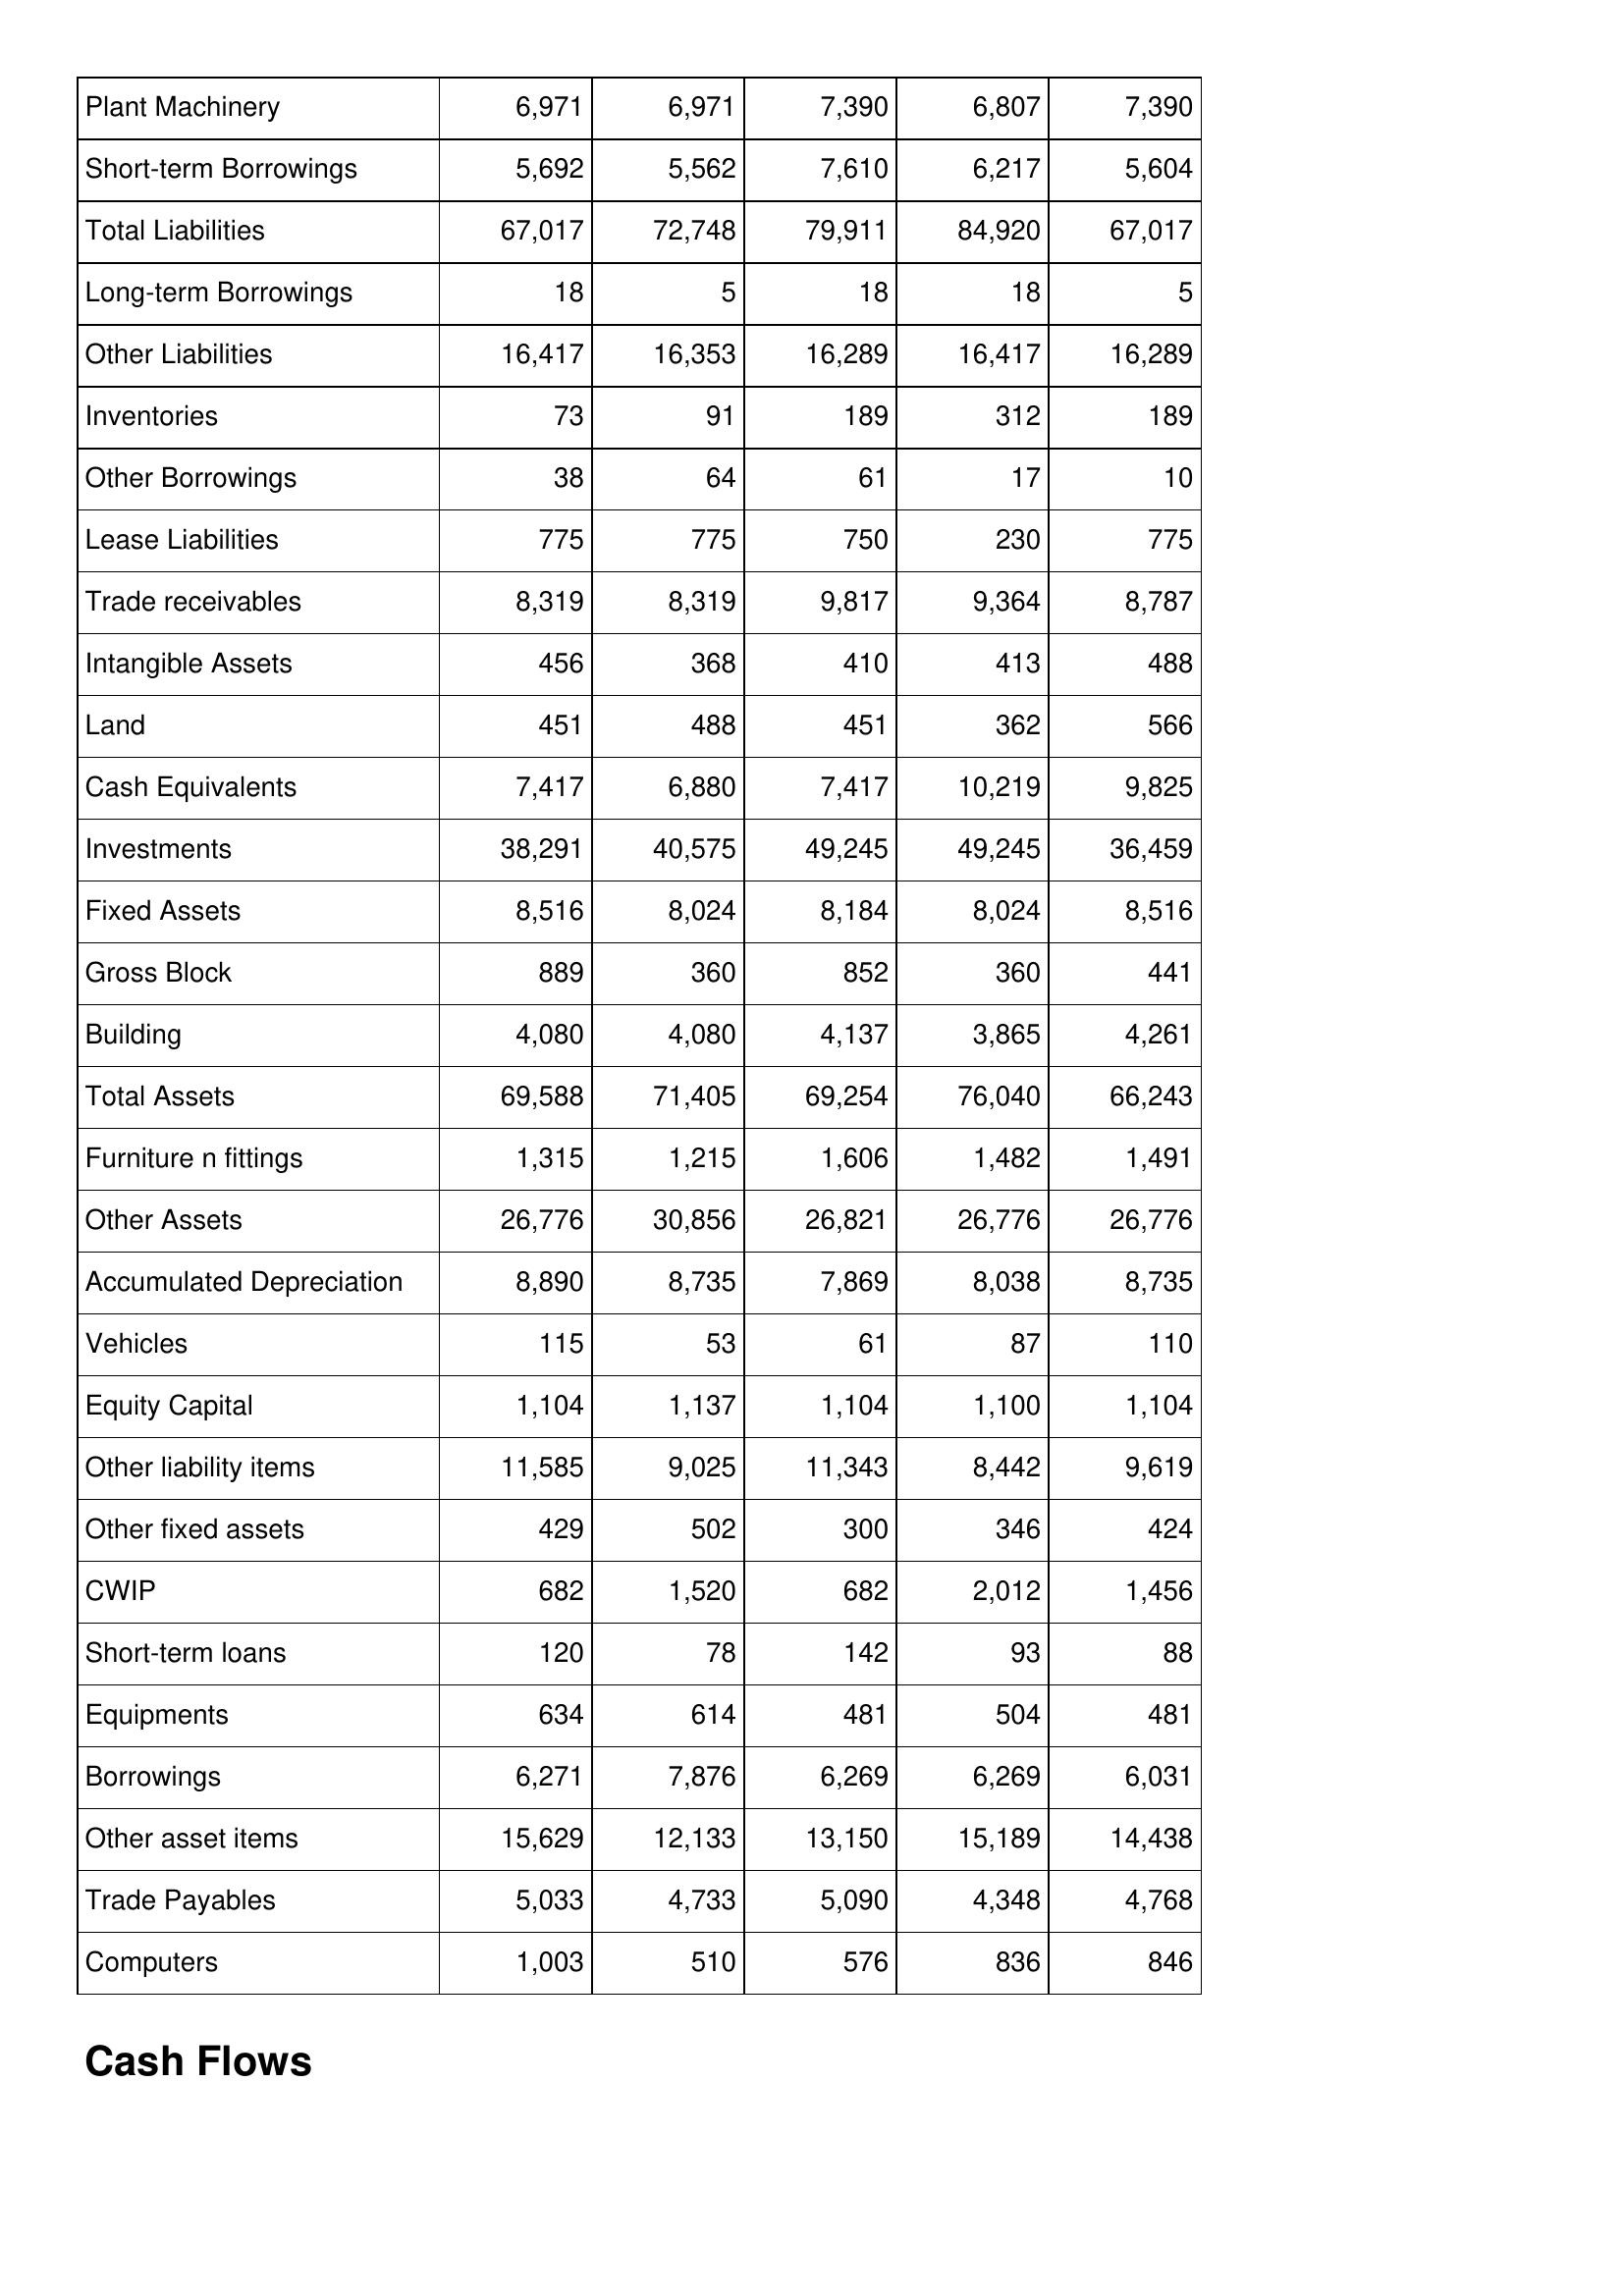
Feb-16: Balance Sheet: Plant Machinery: 6,971
Short-term Borrowings: 5,692
Total Liabilities: 67,017
Long-term Borrowings: 18
Other Liabilities: 16,417
Inventories: 73
Other Borrowings: 38
Lease Liabilities: 775
Trade receivables: 8,319
Intangible Assets: 456
Land: 451
Cash Equivalents: 7,417
Investments: 38,291
Fixed Assets: 8,516
Gross Block: 889
Building: 4,080
Total Assets: 69,588
Furniture n fittings: 1,315
Other Assets: 26,776
Accumulated Depreciation: 8,890
Vehicles: 115
Equity Capital: 1,104
Other liability items: 11,585
Other fixed assets: 429
CWIP: 682
Short-term loans: 120
Equipments: 634
Borrowings: 6,271
Other asset items: 15,629
Trade Payables: 5,033
Computers: 1,003
Feb-17: Balance Sheet: Plant Machinery: 6,971
Short-term Borrowings: 5,562
Total Liabilities: 72,748
Long-term Borrowings: 5
Other Liabilities: 16,353
Inventories: 91
Other Borrowings: 64
Lease Liabilities: 775
Trade receivables: 8,319
Intangible Assets: 368
Land: 488
Cash Equivalents: 6,880
Investments: 40,575
Fixed Assets: 8,024
Gross Block: 360
Building: 4,080
Total Assets: 71,405
Furniture n fittings: 1,215
Other Assets: 30,856
Accumulated Depreciation: 8,735
Vehicles: 53
Equity Capital: 1,137
Other liability items: 9,025
Other fixed assets: 502
CWIP: 1,520
Short-term loans: 78
Equipments: 614
Borrowings: 7,876
Other asset items: 12,133
Trade Payables: 4,733
Computers: 510
Feb-18: Balance Sheet: Plant Machinery: 7,390
Short-term Borrowings: 7,610
Total Liabilities: 79,911
Long-term Borrowings: 18
Other Liabilities: 16,289
Inventories: 189
Other Borrowings: 61
Lease Liabilities: 750
Trade receivables: 9,817
Intangible Assets: 410
Land: 451
Cash Equivalents: 7,417
Investments: 49,245
Fixed Assets: 8,184
Gross Block: 852
Building: 4,137
Total Assets: 69,254
Furniture n fittings: 1,606
Other Assets: 26,821
Accumulated Depreciation: 7,869
Vehicles: 61
Equity Capital: 1,104
Other liability items: 11,343
Other fixed assets: 300
CWIP: 682
Short-term loans: 142
Equipments: 481
Borrowings: 6,269
Other asset items: 13,150
Trade Payables: 5,090
Computers: 576
Feb-19: Balance Sheet: Plant Machinery: 6,807
Short-term Borrowings: 6,217
Total Liabilities: 84,920
Long-term Borrowings: 18
Other Liabilities: 16,417
Inventories: 312
Other Borrowings: 17
Lease Liabilities: 230
Trade receivables: 9,364
Intangible Assets: 413
Land: 362
Cash Equivalents: 10,219
Investments: 49,245
Fixed Assets: 8,024
Gross Block: 360
Building: 3,865
Total Assets: 76,040
Furniture n fittings: 1,482
Other Assets: 26,776
Accumulated Depreciation: 8,038
Vehicles: 87
Equity Capital: 1,100
Other liability items: 8,442
Other fixed assets: 346
CWIP: 2,012
Short-term loans: 93
Equipments: 504
Borrowings: 6,269
Other asset items: 15,189
Trade Payables: 4,348
Computers: 836
Feb-20: Balance Sheet: Plant Machinery: 7,390
Short-term Borrowings: 5,604
Total Liabilities: 67,017
Long-term Borrowings: 5
Other Liabilities: 16,289
Inventories: 189
Other Borrowings: 10
Lease Liabilities: 775
Trade receivables: 8,787
Intangible Assets: 488
Land: 566
Cash Equivalents: 9,825
Investments: 36,459
Fixed Assets: 8,516
Gross Block: 441
Building: 4,261
Total Assets: 66,243
Furniture n fittings: 1,491
Other Assets: 26,776
Accumulated Depreciation: 8,735
Vehicles: 110
Equity Capital: 1,104
Other liability items: 9,619
Other fixed assets: 424
CWIP: 1,456
Short-term loans: 88
Equipments: 481
Borrowings: 6,031
Other asset items: 14,438
Trade Payables: 4,768
Computers: 846